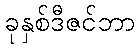
ခုနှစ်ဒီဇင်ဘာ